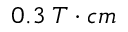
0 . 3 \; T \cdot c m